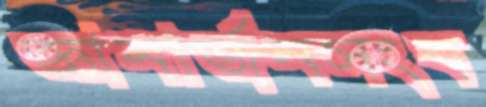
জ্ঞানার্জনসংব